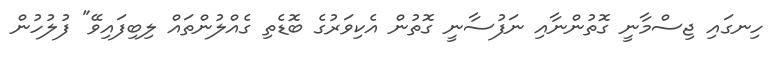
ހިނގައި ޖިސްމާނީ ގޮތުންނާއި ނަފުސާނީ ގޮތުން އެކިވަރުގެ ބޮޑެތި ގެއްލުންތައް ލިބިފައިވޭ" ފުލުހުން